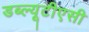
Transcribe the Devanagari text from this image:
डब्ल्यूटीएसी